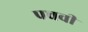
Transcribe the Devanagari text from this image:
पचवी